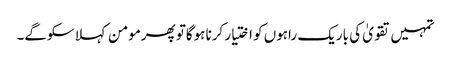
تمہیں تقویٰ کی باریک راہوں کو اختیار کرنا ہوگاتو پھرمومن کہلا سکوگے۔